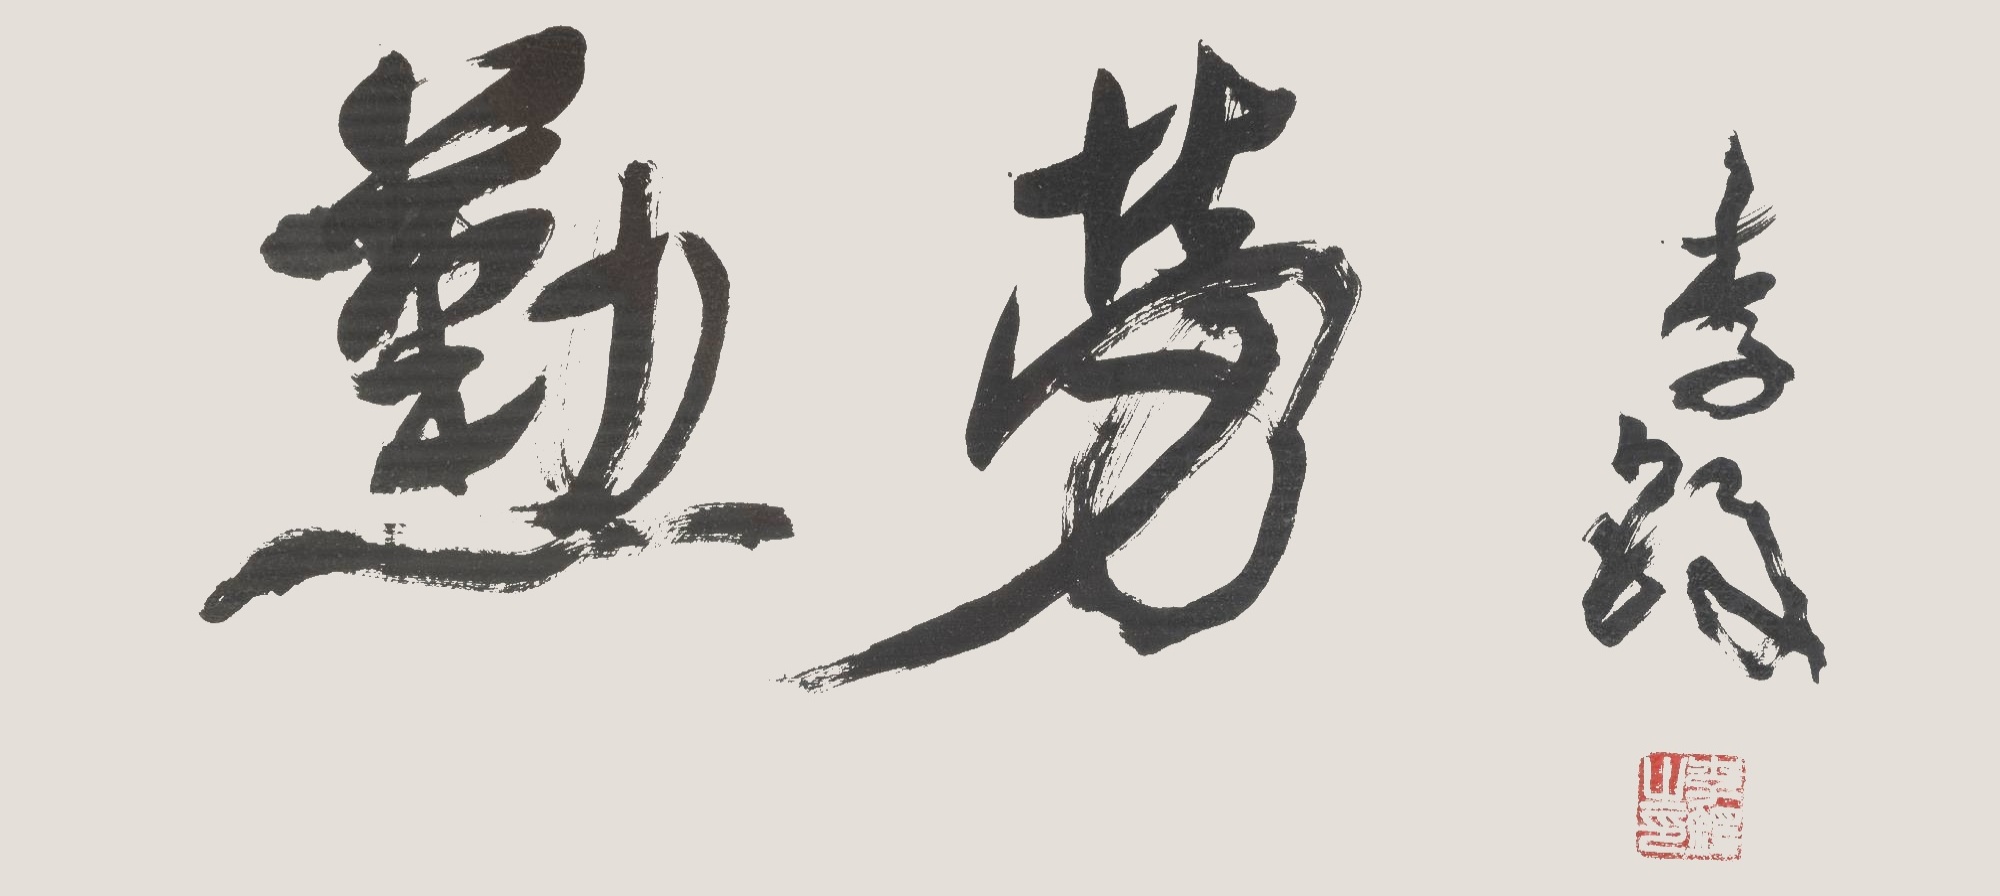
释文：勤劳李铎